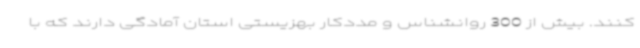
کنند. بیش از 300 روانشناس و مددکار بهزیستی استان آمادگی دارند که با